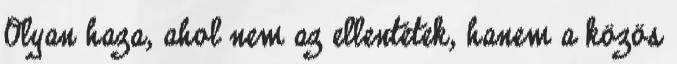
Olyan haza, ahol nem az ellentétek, hanem a közös